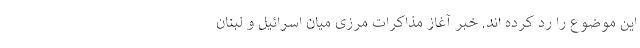
این موضوع را رد کرده اند. خبر آغاز مذاکرات مرزی میان اسرائیل و لبنان